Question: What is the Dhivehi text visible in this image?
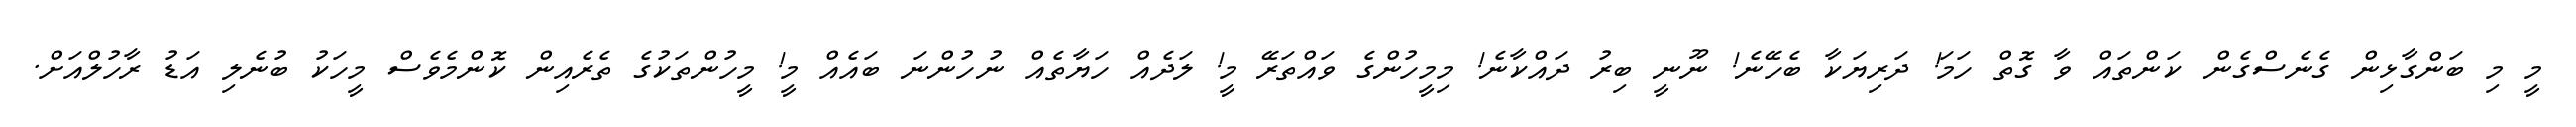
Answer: މީ މި ބަންގާޅިން ގެނެސްގެން ކަންތައް ވާ ގޮތް ހަމަ! ދަރިޔަކާ ބެހޭނެ! ނޫނީ ބިރު ދައްކާނެ! މިމީހުންގެ ވައްތަރޭ މީ! ލަދެއް ހަޔާތެއް ނުހުންނަ ބައެއް މީ! މީހުންތަކުގެ ތެރެއިން ކޮންމެވެސް މީހަކު ބުނެލި އަޑު ރާހުލްއަށް.